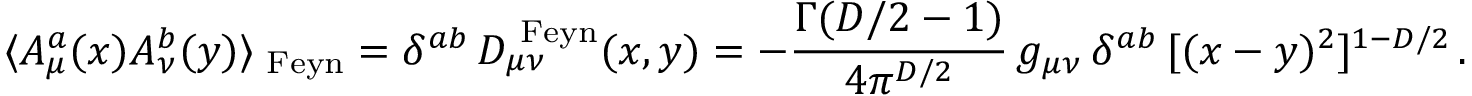
\langle A _ { \mu } ^ { a } ( x ) A _ { \nu } ^ { b } ( y ) \rangle _ { \mathrm { \scriptsize ~ F e y n } } = \delta ^ { a b } \, D _ { \mu \nu } ^ { \mathrm { \scriptsize ~ F e y n } } ( x , y ) = - { \frac { \Gamma ( D / 2 - 1 ) } { 4 \pi ^ { D / 2 } } } \, g _ { \mu \nu } \, \delta ^ { a b } \, [ ( x - y ) ^ { 2 } ] ^ { 1 - D / 2 } \, .